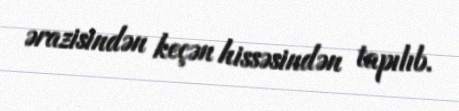
ərazisindən keçən hissəsindən tapılıb.